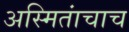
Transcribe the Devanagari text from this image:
अस्मितांचाच